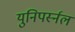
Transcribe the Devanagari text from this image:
युनिपर्स्नल